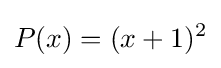
P(x)=(x+1)^{2}